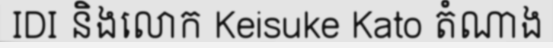
IDI និងលោក Keisuke Kato តំណាង